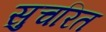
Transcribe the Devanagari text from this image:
सुचरित